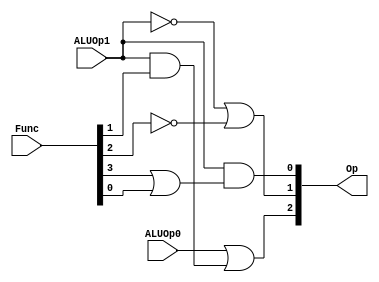
module alu_control(Op,Func,ALUOp1,ALUOp0);
    output [2:0]Op;
    input ALUOp1,ALUOp0;
    input [5:0] Func;

    assign  Op[0] = ALUOp1 & (Func[3] | Func[0]);
    assign  Op[1] = (~ALUOp1) | (~Func[2]);
    assign  Op[2] = ALUOp0 | (ALUOp1 & Func[1]);
endmodule